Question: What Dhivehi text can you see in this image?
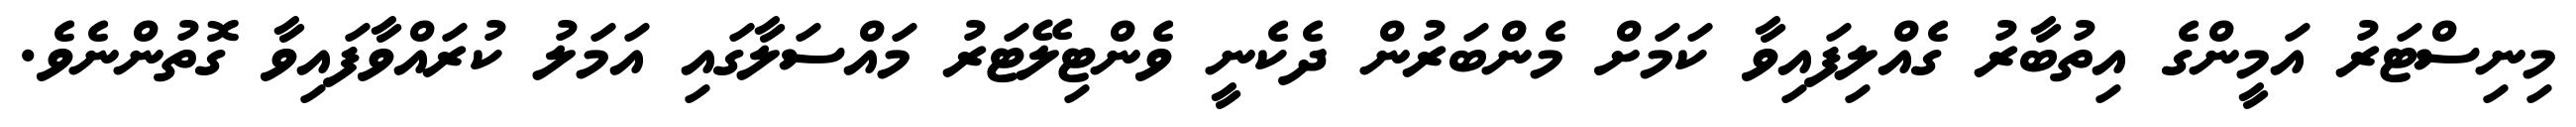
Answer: މިނިސްޓަރު އަމީންގެ އިތުބާރު ގެއްލިފައިވާ ކަމަށް މެންބަރުން ދެކެނީ ވެންޓިލޭޓަރު މައްސަލާގައި އަމަލު ކުރައްވާފައިވާ ގޮތުންނެވެ.